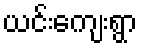
ယင်းကျေးရွာ